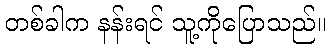
တစ်ခါက နန်းရင် သူ့ကိုပြောသည်။